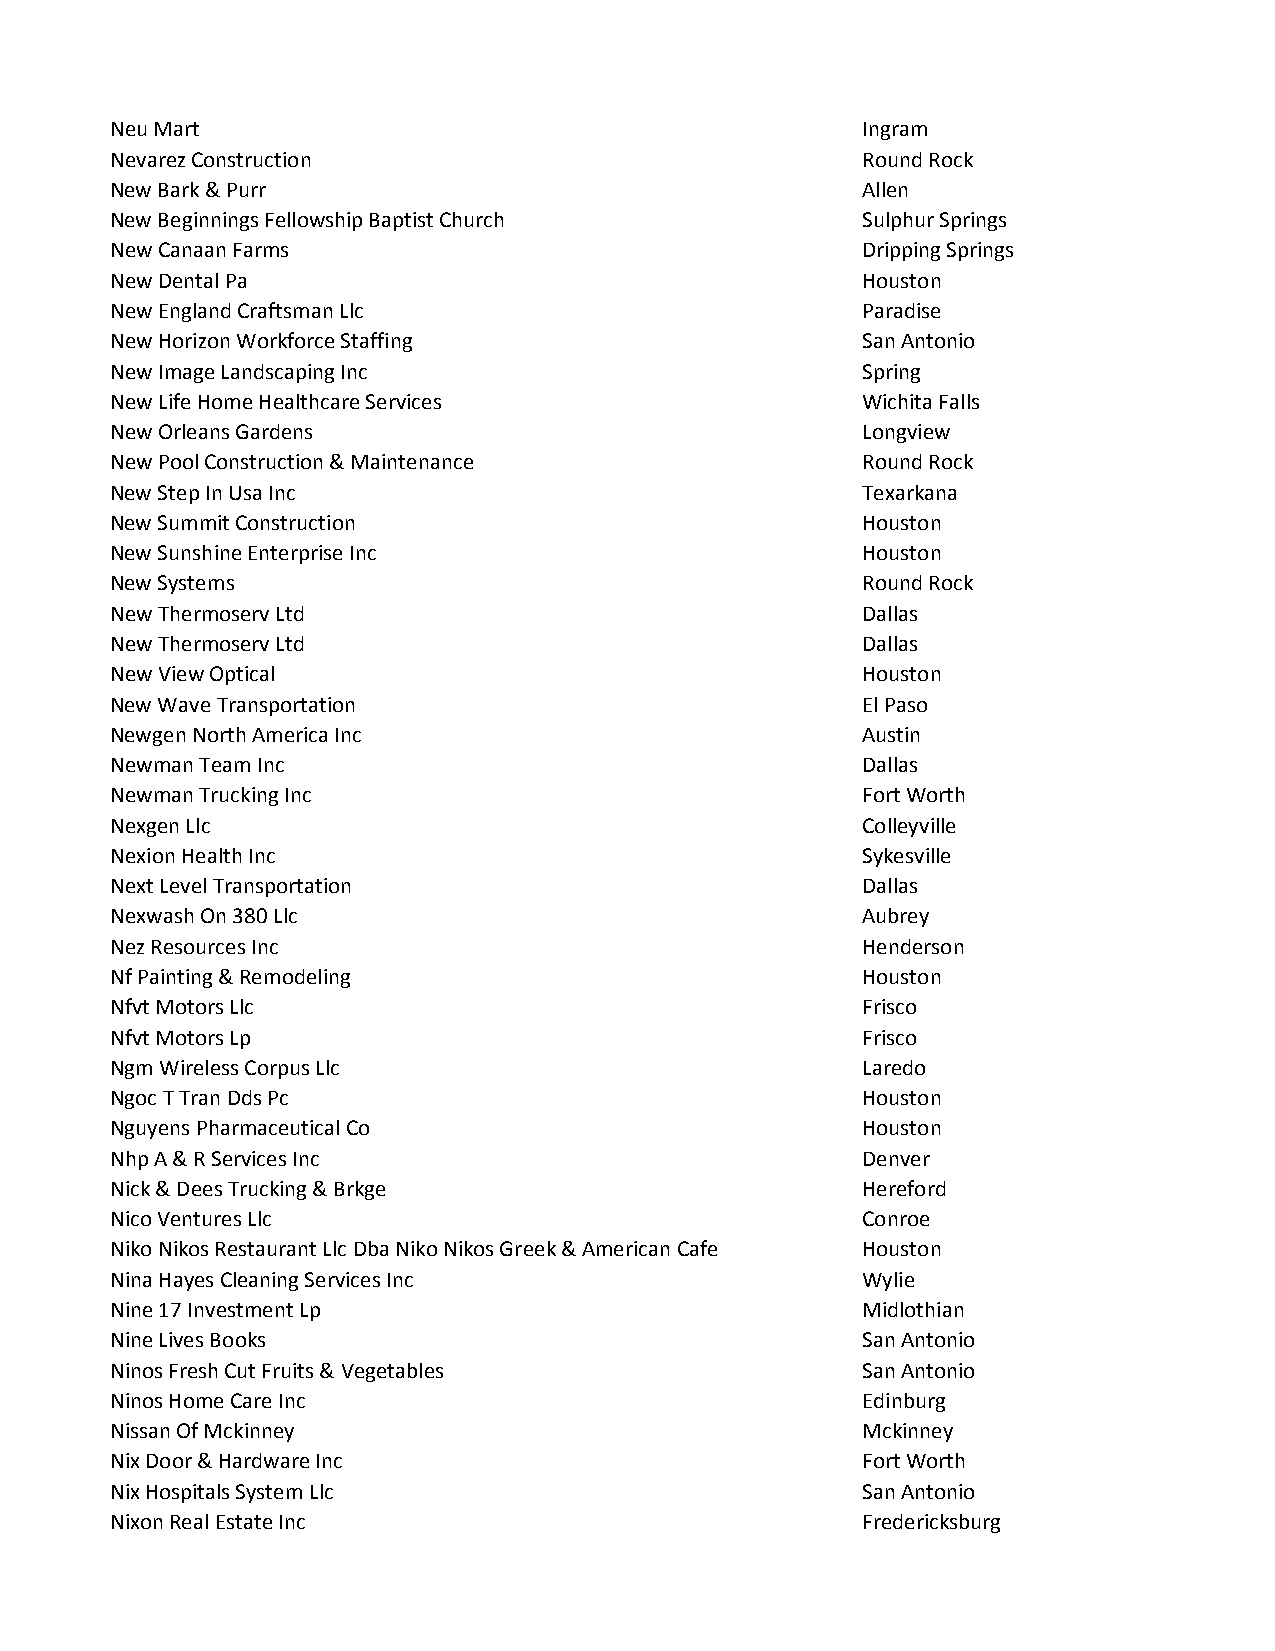
Neu Mart                                          Ingram
 Nevarez Construction                              Round Rock
 New Bark & Purr                                   Allen
 New Beginnings Fellowship Baptist Church          Sulphur Springs
 New Canaan Farms                                  Dripping Springs
 New Dental Pa                                     Houston
 New England Craftsman Llc                         Paradise
 New Horizon Workforce Staffing                    San Antonio
 New Image Landscaping Inc                         Spring
 New Life Home Healthcare Services                 Wichita Falls
 New Orleans Gardens                               Longview
 New Pool Construction & Maintenance               Round Rock
 New Step In Usa Inc                               Texarkana
 New Summit Construction                           Houston
 New Sunshine Enterprise Inc                       Houston
 New Systems                                       Round Rock
 New Thermoserv Ltd                                Dallas
 New Thermoserv Ltd                                Dallas
 New View Optical                                  Houston
 New Wave Transportation                           El Paso
 Newgen North America Inc                          Austin
 Newman Team Inc                                   Dallas
 Newman Trucking Inc                               Fort Worth
 Nexgen Llc                                        Colleyville
 Nexion Health Inc                                 Sykesville
 Next Level Transportation                         Dallas
 Nexwash On 380 Llc                                Aubrey
 Nez Resources Inc                                 Henderson
 Nf Painting & Remodeling                          Houston
 Nfvt Motors Llc                                   Frisco
 Nfvt Motors Lp                                    Frisco
 Ngm Wireless Corpus Llc                           Laredo
 Ngoc T Tran Dds Pc                                Houston
 Nguyens Pharmaceutical Co                         Houston
 Nhp A & R Services Inc                            Denver
 Nick & Dees Trucking & Brkge                      Hereford
 Nico Ventures Llc                                 Conroe
 Niko Nikos Restaurant Llc Dba Niko Nikos Greek & American Cafe Houston
 Nina Hayes Cleaning Services Inc                  Wylie
 Nine 17 Investment Lp                             Midlothian
 Nine Lives Books                                  San Antonio
 Ninos Fresh Cut Fruits & Vegetables               San Antonio
 Ninos Home Care Inc                               Edinburg
 Nissan Of Mckinney                                Mckinney
 Nix Door & Hardware Inc                           Fort Worth
 Nix Hospitals System Llc                          San Antonio
 Nixon Real Estate Inc                             Fredericksburg